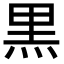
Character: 黒